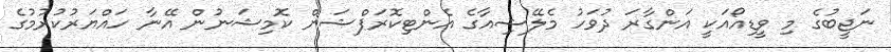
ނަޖީބުގެ މި ވީޑިއޯއަކީ އަންގާރަ ދުވަހު މެލޭޝިއާގެ އެންޓިކޮރަޕްޝަން ކޮމިޝަނުން އޭނާ ހައްޔަރުކުރުމުގެ